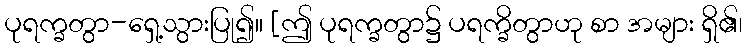
ပုရက္ခတွာ-ရှေ့သွားပြု၍။ [ဤ ပုရက္ခတွာ၌ ပရက္ခိတွာဟု စာ အများ ရှိ၏၊